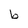
Character: b